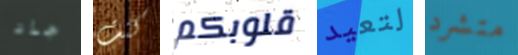
جاد كنت قلوبكم لتعيد متشرد